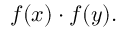
f ( x ) \cdot f ( y ) .